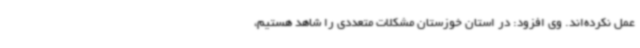
عمل نکرده‌اند. وی افزود: در استان خوزستان مشکلات متعددی را شاهد هستیم،